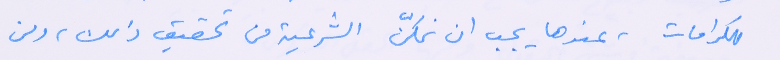
للكرامات، عندها يجب ان نمكّن الشرعية من تحقيق ذلك، ومن